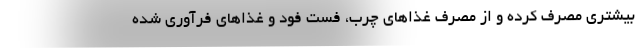
بیشتری مصرف کرده و از مصرف غذاهای چرب، فست فود و غذاهای فرآوری شده